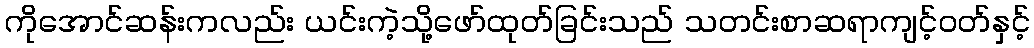
ကိုအောင်ဆန်းကလည်း ယင်းကဲ့သို့ဖော်ထုတ်ခြင်းသည် သတင်းစာဆရာကျင့်ဝတ်နှင့်